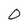
Character: 0